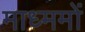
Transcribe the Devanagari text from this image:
माध्ममों